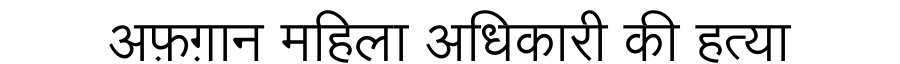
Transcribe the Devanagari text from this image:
अफ़ग़ान महिला अधिकारी की हत्या